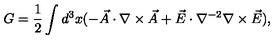
G = \frac { 1 } { 2 } \int d ^ { 3 } x ( - \vec { A } \cdot \nabla \times \vec { A } + \vec { E } \cdot \nabla ^ { - 2 } \nabla \times \vec { E } ) ,